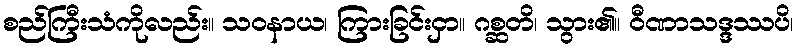
စည်ကြီးသံကိုလည်း။ သဝနာယ၊ ကြားခြင်းငှာ။ ဂစ္ဆတိ၊ သွား၏။ ဝီဏာသဒ္ဒဿပိ၊